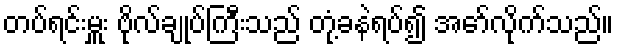
တပ်ရင်းမှူး ဗိုလ်ချုပ်ကြီးသည် တုံ့ခနဲရပ်၍ အော်လိုက်သည်။